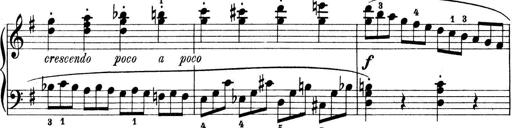
Title: Preis-Sonatine
Composer: Ernst James Bremner